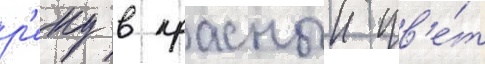
р'еку в красныи цв'е́т